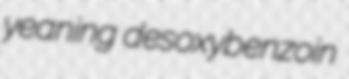
yeaning desoxybenzoin